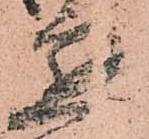
懇